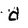
Character: d